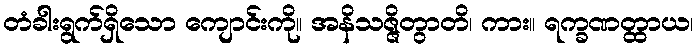
တံခါးရွက်ရှိသော ကျောင်းကို။ အနိသဇ္ဇိတွာတိ၊ ကား။ ရက္ခဏတ္ထာယ၊